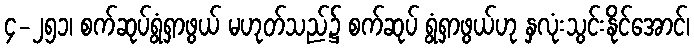
၄-၂၅၁၊ စက်ဆုပ်ရွံရှာဖွယ် မဟုတ်သည်၌ စက်ဆုပ် ရွံရှာဖွယ်ဟု နှလုံးသွင်းနိုင်အောင်၊